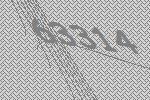
63314